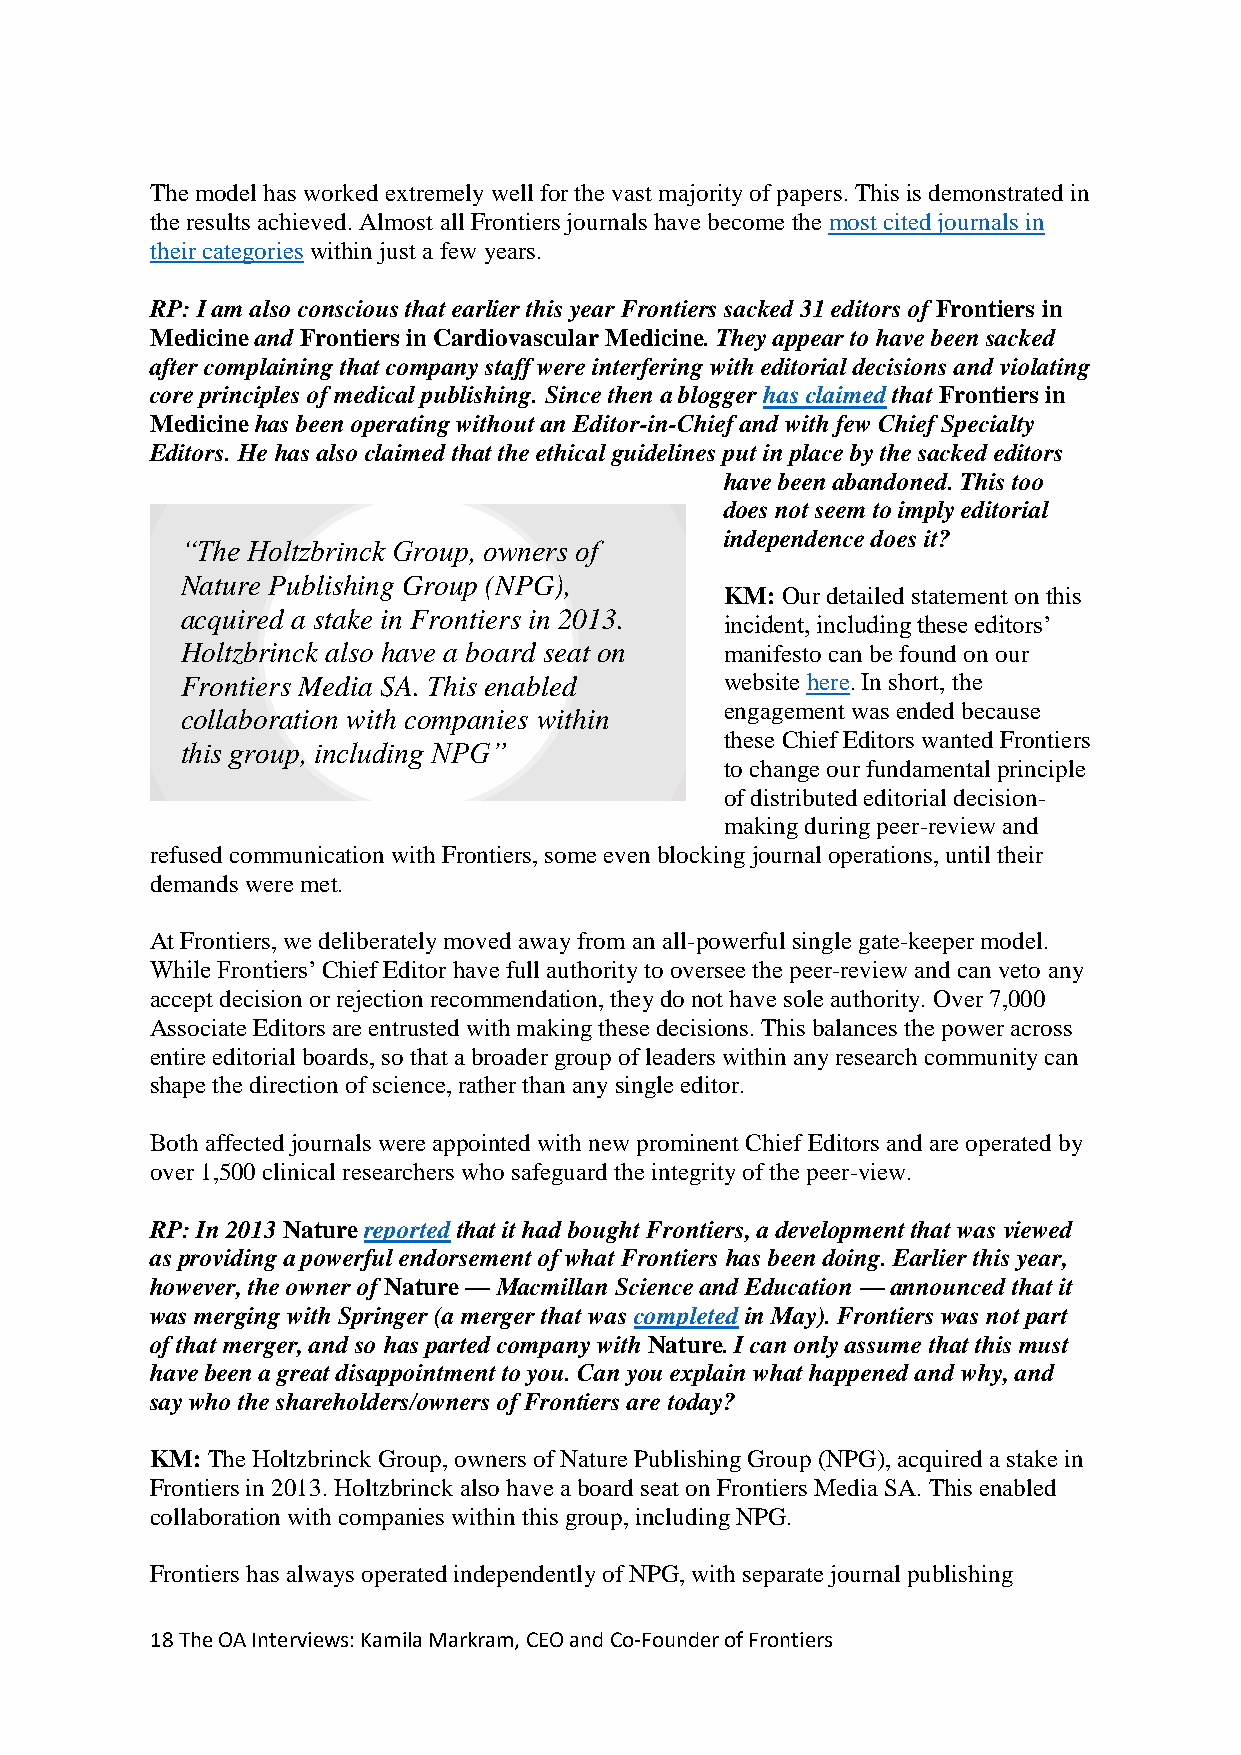
The model has worked extremely well for the vast majority of papers. This is demonstrated in
 the results achieved. Almost all Frontiers journals have become the most cited journals in
 their categories within just a few years.
 RP: I am also conscious that earlier this year Frontiers sacked 31 editors of Frontiers in
 Medicine and Frontiers in Cardiovascular Medicine. They appear to have been sacked
 after complaining that company staff were interfering with editorial decisions and violating
 core principles of medical publishing. Since then a blogger has claimed that Frontiers in
 Medicine has been operating without an Editor-in-Chief and with few Chief Specialty
 Editors. He has also claimed that the ethical guidelines put in place by the sacked editors
 have been abandoned. This too
 does not seem to imply editorial
 independence does it?
 “The Holtzbrinck Group, owners of
 Nature Publishing Group (NPG),
 KM: Our detailed statement on this
 acquired a stake in Frontiers in 2013.
 incident, including these editors’
 Holtzbrinck also have a board seat on manifesto can be found on our
 Frontiers Media SA. This enabled    website here. In short, the
 engagement was ended because
 collaboration with companies within
 these Chief Editors wanted Frontiers
 this group, including NPG”
 to change our fundamental principle
 of distributed editorial decision-
 making during peer-review and
 refused communication with Frontiers, some even blocking journal operations, until their
 demands were met.
 At Frontiers, we deliberately moved away from an all-powerful single gate-keeper model.
 While Frontiers’ Chief Editor have full authority to oversee the peer-review and can veto any
 accept decision or rejection recommendation, they do not have sole authority. Over 7,000
 Associate Editors are entrusted with making these decisions. This balances the power across
 entire editorial boards, so that a broader group of leaders within any research community can
 shape the direction of science, rather than any single editor.
 Both affected journals were appointed with new prominent Chief Editors and are operated by
 over 1,500 clinical researchers who safeguard the integrity of the peer-view.
 RP: In 2013 Nature reported that it had bought Frontiers, a development that was viewed
 as providing a powerful endorsement of what Frontiers has been doing. Earlier this year,
 however, the owner of Nature — Macmillan Science and Education — announced that it
 was merging with Springer (a merger that was completed in May). Frontiers was not part
 of that merger, and so has parted company with Nature. I can only assume that this must
 have been a great disappointment to you. Can you explain what happened and why, and
 say who the shareholders/owners of Frontiers are today?
 KM: The Holtzbrinck Group, owners of Nature Publishing Group (NPG), acquired a stake in
 Frontiers in 2013. Holtzbrinck also have a board seat on Frontiers Media SA. This enabled
 collaboration with companies within this group, including NPG.
 Frontiers has always operated independently of NPG, with separate journal publishing
 18 The OA Interviews: Kamila Markram, CEO and Co-Founder of Frontiers